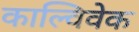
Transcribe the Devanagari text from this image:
काल्विवेक